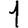
Digit: 1